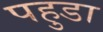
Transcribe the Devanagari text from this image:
पहुडा